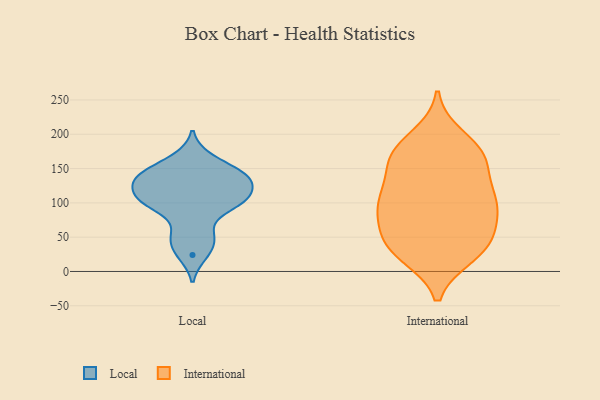
{"axis": {"x": "Conversion Rate (%)", "y": "Value"}, "legend": ["International", "Local"], "data": [{"x": "", "y": 44, "type": "Local"}, {"x": "", "y": 144, "type": "Local"}, {"x": "", "y": 99, "type": "Local"}, {"x": "", "y": 166, "type": "Local"}, {"x": "", "y": 136, "type": "Local"}, {"x": "", "y": 94, "type": "Local"}, {"x": "", "y": 114, "type": "Local"}, {"x": "", "y": 102, "type": "Local"}, {"x": "", "y": 24, "type": "Local"}, {"x": "", "y": 129, "type": "Local"}, {"x": "", "y": 144, "type": "Local"}, {"x": "", "y": 57, "type": "Local"}, {"x": "", "y": 134, "type": "Local"}, {"x": "", "y": 107, "type": "Local"}, {"x": "", "y": 103, "type": "International"}, {"x": "", "y": 196, "type": "International"}, {"x": "", "y": 114, "type": "International"}, {"x": "", "y": 159, "type": "International"}, {"x": "", "y": 53, "type": "International"}, {"x": "", "y": 41, "type": "International"}, {"x": "", "y": 171, "type": "International"}, {"x": "", "y": 34, "type": "International"}, {"x": "", "y": 96, "type": "International"}, {"x": "", "y": 26, "type": "International"}, {"x": "", "y": 24, "type": "International"}, {"x": "", "y": 83, "type": "International"}, {"x": "", "y": 173, "type": "International"}, {"x": "", "y": 44, "type": "International"}, {"x": "", "y": 172, "type": "International"}, {"x": "", "y": 85, "type": "International"}, {"x": "", "y": 158, "type": "International"}, {"x": "", "y": 119, "type": "International"}, {"x": "", "y": 99, "type": "International"}]}